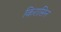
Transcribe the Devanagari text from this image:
किरासिन